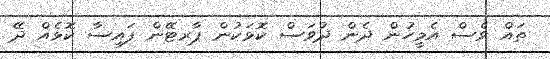
ތައް ވެސް އެމީހުން ދެން ދުވަސް ކޮޅަކުން ޕާރޓޭން ފައިސާ ކޮޅެއް ދޭ